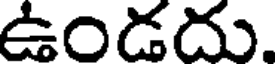
ఉండదు.